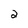
Character: 2